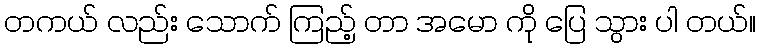
တကယ် လည်း သောက် ကြည့် တာ အမော ကို ပြေ သွား ပါ တယ်။